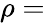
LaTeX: \rho=